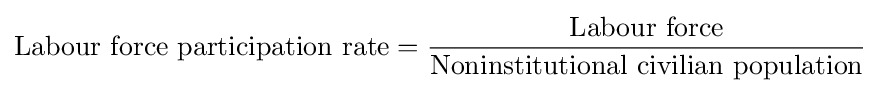
{\text{Labour force participation rate}}={\dfrac {\text{Labour force}}{\text{Noninstitutional civilian population}}}